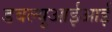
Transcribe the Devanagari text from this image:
डबल्यूआईआई